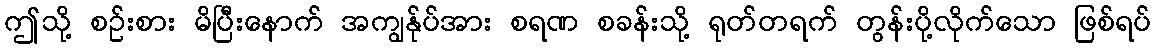
ဤသို့ စဉ်းစား မိပြီးနောက် အကျွန်ုပ်အား စရဏ စခန်းသို့ ရုတ်တရက် တွန်းပို့လိုက်သော ဖြစ်ရပ်